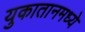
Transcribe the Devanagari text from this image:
युकातानमध्ये